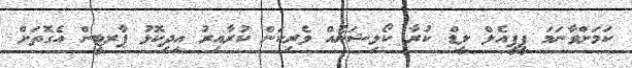
ކަމަށްވާނަމަ ޕީޕީއެލް ލީޑް ކުރާ ކޯލިޝަނެއް ވެރިކަން ކުރާއިރު އިދިކޮޅު ޕާރޓީން އެގޮތަށް